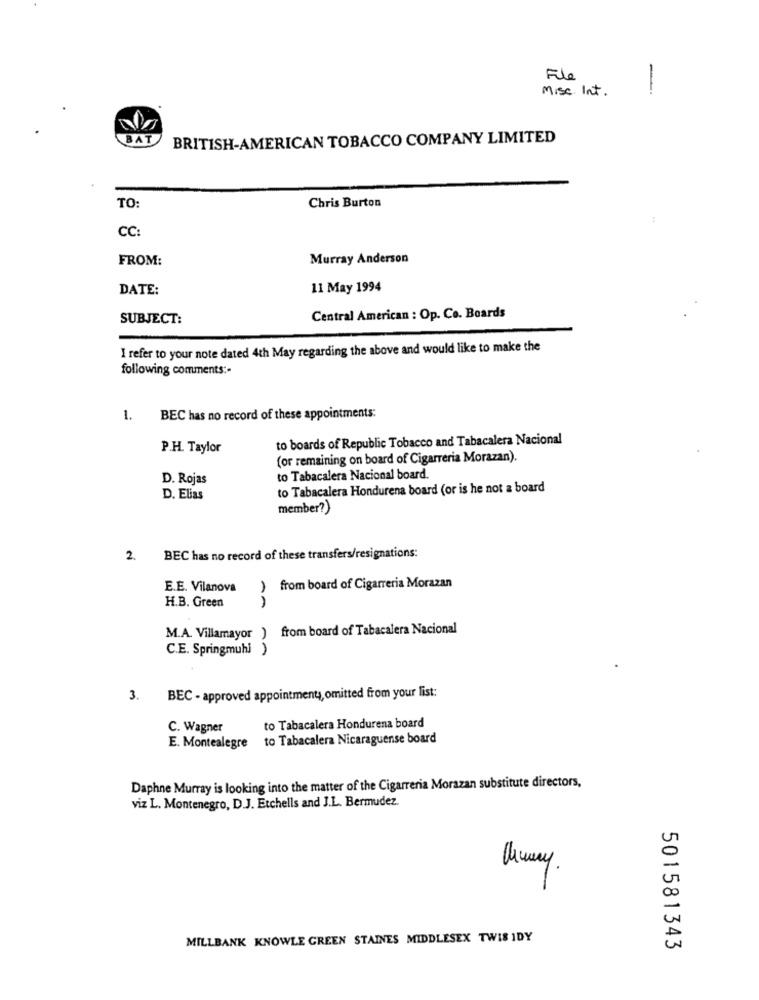
File
Mise Int.
--
BAT
BRITISH-AMERICAN TOBACCO COMPANY LIMITED
TO:
Chris Burton
CC
FROM:
Murray Anderson
DATE:
11 May 1994
SUBJECT:
Central American : Op. Co. Boards
I refer to your note dated 4th May regarding the above and would like to make the
following comments :-
1. BEC has no record of these appointments:
to boards of Republic Tobacco and Tabacalera Nacional
P.H. Taylor
(or remaining on board of Cigarreria Morazan).
D. Rojas
to Tabacalera Nacional board.
to Tabacalera Hondurena board (or is he not a board
D. Elias
member?)
2.
BEC has no record of these transfers/resignations:
E.E. Vilanova
) from board of Cigarreria Morazan
H.B. Green
M.A. Villamayor ) from board of Tabacalera Nacional
C.E. Springmuhi
3.
BEC - approved appointmenty, omitted from your list:
to Tabacalera Hondurena board
C. Wagner
E. Montealegre to Tabacalera Nicaraguense board
Daphne Murray is looking into the matter of the Cigarreria Morazan substitute directors,
viz L. Montenegro, D.J. Etchells and J.L. Bermudez.
Chway.
MILLBANK KNOWLE GREEN STAINES MIDDLESEX TWIS IDY
501581343